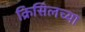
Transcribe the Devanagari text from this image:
क्रिसिलच्या